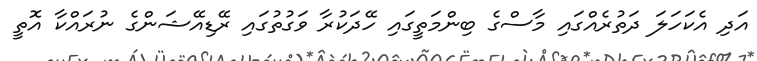
އަދި އެކަހަލަ ދަތުރެއްގައި މާސްގެ ބިންމަތީގައި ހޭދަކުރާ ވަގުތުގައި ރޭޑިއޭޝަންގެ ނުރައްކާ އޮތީ